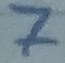
Text: 7